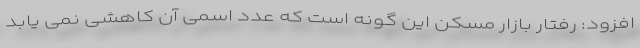
افزود: رفتار بازار مسکن این گونه است که عدد اسمی آن کاهشی نمی یابد